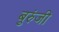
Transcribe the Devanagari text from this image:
बुरुंजी